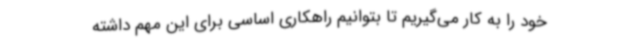
خود را به کار می‌گیریم تا بتوانیم راهکاری اساسی برای این مهم داشته